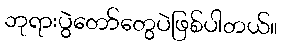
ဘုရားပွဲတော်တွေပဲဖြစ်ပါတယ်။